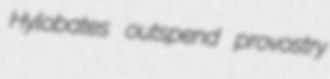
Hylobates outspend provostry